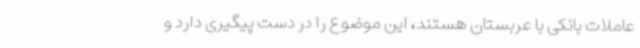
عاملات بانکی با عربستان هستند، این موضوع را در دست پیگیری دارد و